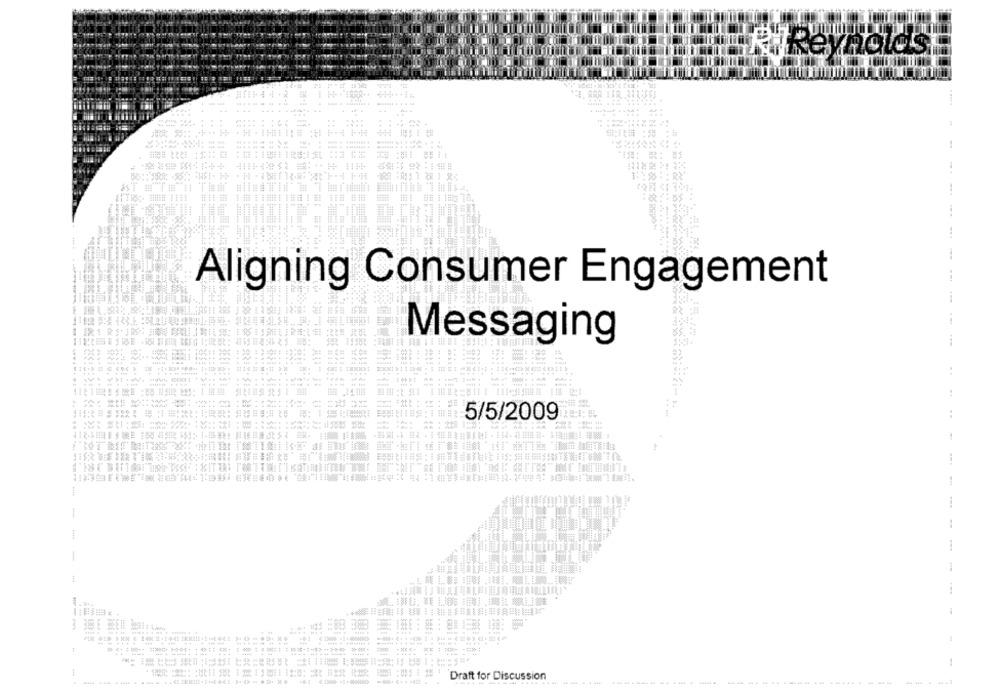
Theynoless
11 144
1448 4 4:4444444
444
TITAN
-F1
Aligning Consumer Engagement
Messaging
:
:
2 公公: 地址 加 :::**
5/5/2009
:
三期: 26:大
1
1
:
1
1
1
。
# 381
4100001
代群裤,芸誌媒ほぼ集!ⅱ葉JWI牌 講ⅱ₩₩照
Draft for Discussion
8114 424 111
444 444